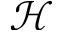
\mathcal { H }